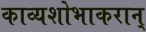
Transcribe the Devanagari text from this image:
काव्यशोभाकरान्